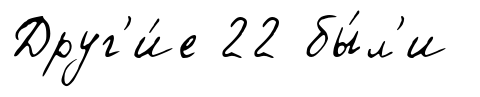
Друг'и́е 22 бы́л'и